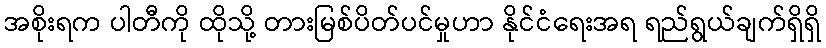
အစိုးရက ပါတီကို ထိုသို့ တားမြစ်ပိတ်ပင်မှုဟာ နိုင်ငံရေးအရ ရည်ရွယ်ချက်ရှိရှိ